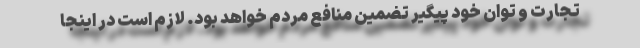
تجارت و توان خود پیگیر تضمین منافع مردم خواهد بود. لازم است در اینجا